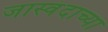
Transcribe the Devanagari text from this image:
जास्वंदाच्या